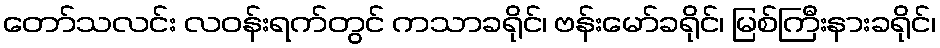
တော်သလင်း လဝန်းရက်တွင် ကသာခရိုင်၊ ဗန်းမော်ခရိုင်၊ မြစ်ကြီးနားခရိုင်၊